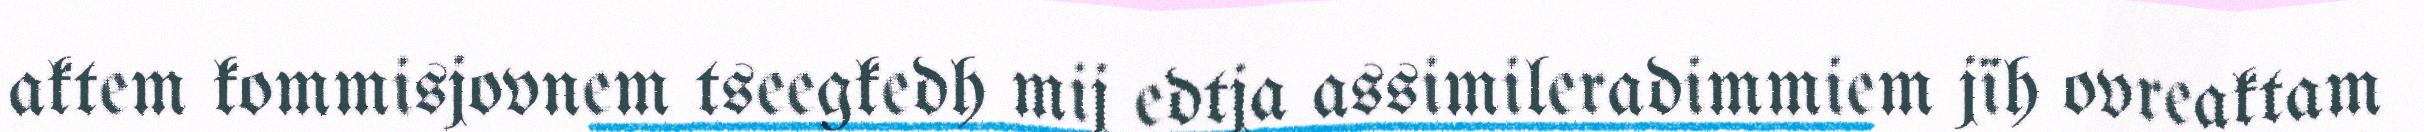
aktem kommisjovnem tseegkedh mij edtja assimileradimmiem jïh ovreaktam